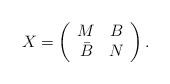
LaTeX: \begin{align*}X = \left( \begin{array}{cc} M & B \\ \bar{B} & N \end{array} \right).\end{align*}